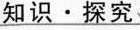
知识·探究